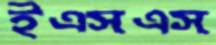
ইএসএস